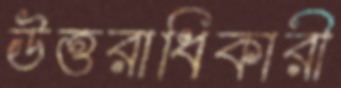
উত্তরাধিকারী